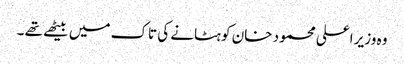
وہ وزیر اعلی محمود خان کو ہٹانے کی تاک میں بیٹھے تھے ۔